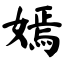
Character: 嫣